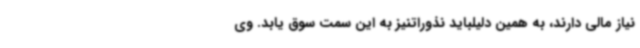
نیاز مالی دارند، به همین دلیلباید نذوراتنیز به این سمت سوق یابد. وی